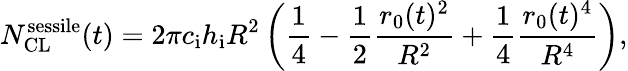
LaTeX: N_{\mathrm{CL}}^{\mathrm{sessile}}(t)=2\pi c_{\mathrm{i}}h_{\mathrm{i}}R^{2}\left(\frac{1}{4}-\frac{1}{2}\frac{r_{0}(t)^{2}}{R^{2}}+\frac{1}{4}\frac{r_{0}(t)^{4}}{R^{4}}\right),